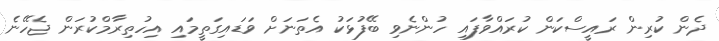
ދެން ކުރިން ރައީސްކަން ކުރައްވާފައި ހުންނެވި ބޭފުޅަކު އެތަނަށް ވަޑައިގަތީމައި އިހުތިރާމްކުރަން ޖެހޭނެ